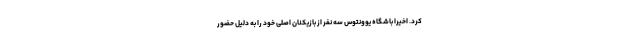
کرد. اخیرا باشگاه یوونتوس سه نفر از بازیکنان اصلی خود را به دلیل حضور